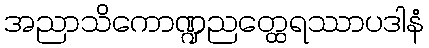
အညာသိကောဏ္ဍညတ္ထေရဿာပဒါနံ